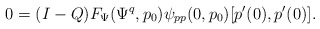
\begin{align*}0 = (I-Q) F_\Psi(\Psi^q,p_0)\psi_{pp}(0,p_0)[p'(0), p'(0)].\end{align*}